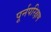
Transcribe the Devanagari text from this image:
पूर्नपरिक्षण